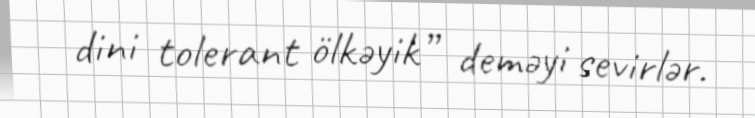
dini tolerant ölkəyik” deməyi sevirlər.